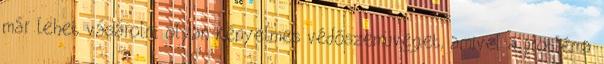
már lehet vásárolni olyan kényelmes védőszemüveget, amivel a probléma